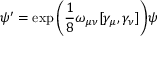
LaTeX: \psi ^ { \prime } = \exp { \left( { \frac { 1 } { 8 } } \omega _ { \mu \nu } [ \gamma _ { \mu } , \gamma _ { \nu } ] \right) } \psi